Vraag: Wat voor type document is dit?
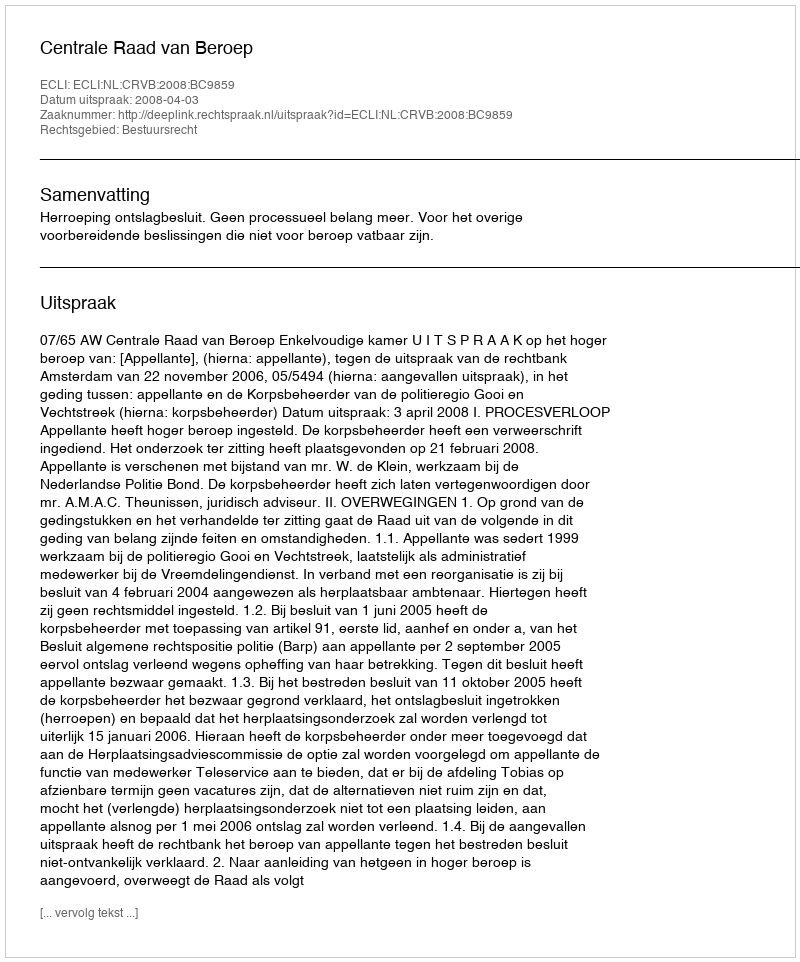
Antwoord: Uitspraak